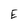
Character: E